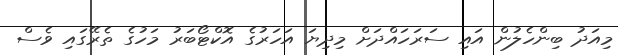
މިއަދު ބިންހެލުން އައި ސަރަހައްދަށް މިދިޔަ އަހަރުގެ އޮކްޓޯބަރު މަހުގެ ތެރޭގައި ވެސް